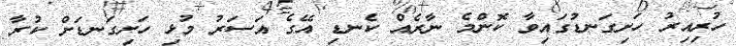
ހުރިއިރު ހަށިގަނޑުގައިވާ ކޮންމެ ނާރެއް ކެނޑި އޭގެ އަސަރު މުޅި ހަށިގަނޑަށް ކުރާ